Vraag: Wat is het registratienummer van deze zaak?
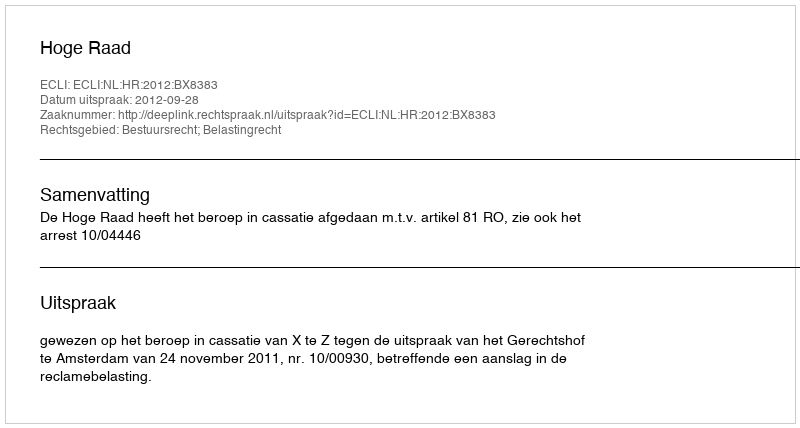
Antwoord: http://deeplink.rechtspraak.nl/uitspraak?id=ECLI:NL:HR:2012:BX8383